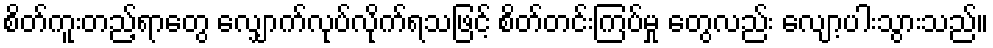
စိတ်ကူးတည့်ရာတွေ လျှောက်လုပ်လိုက်ရသဖြင့် စိတ်တင်းကြပ်မှု တွေလည်း လျော့ပါးသွားသည်။